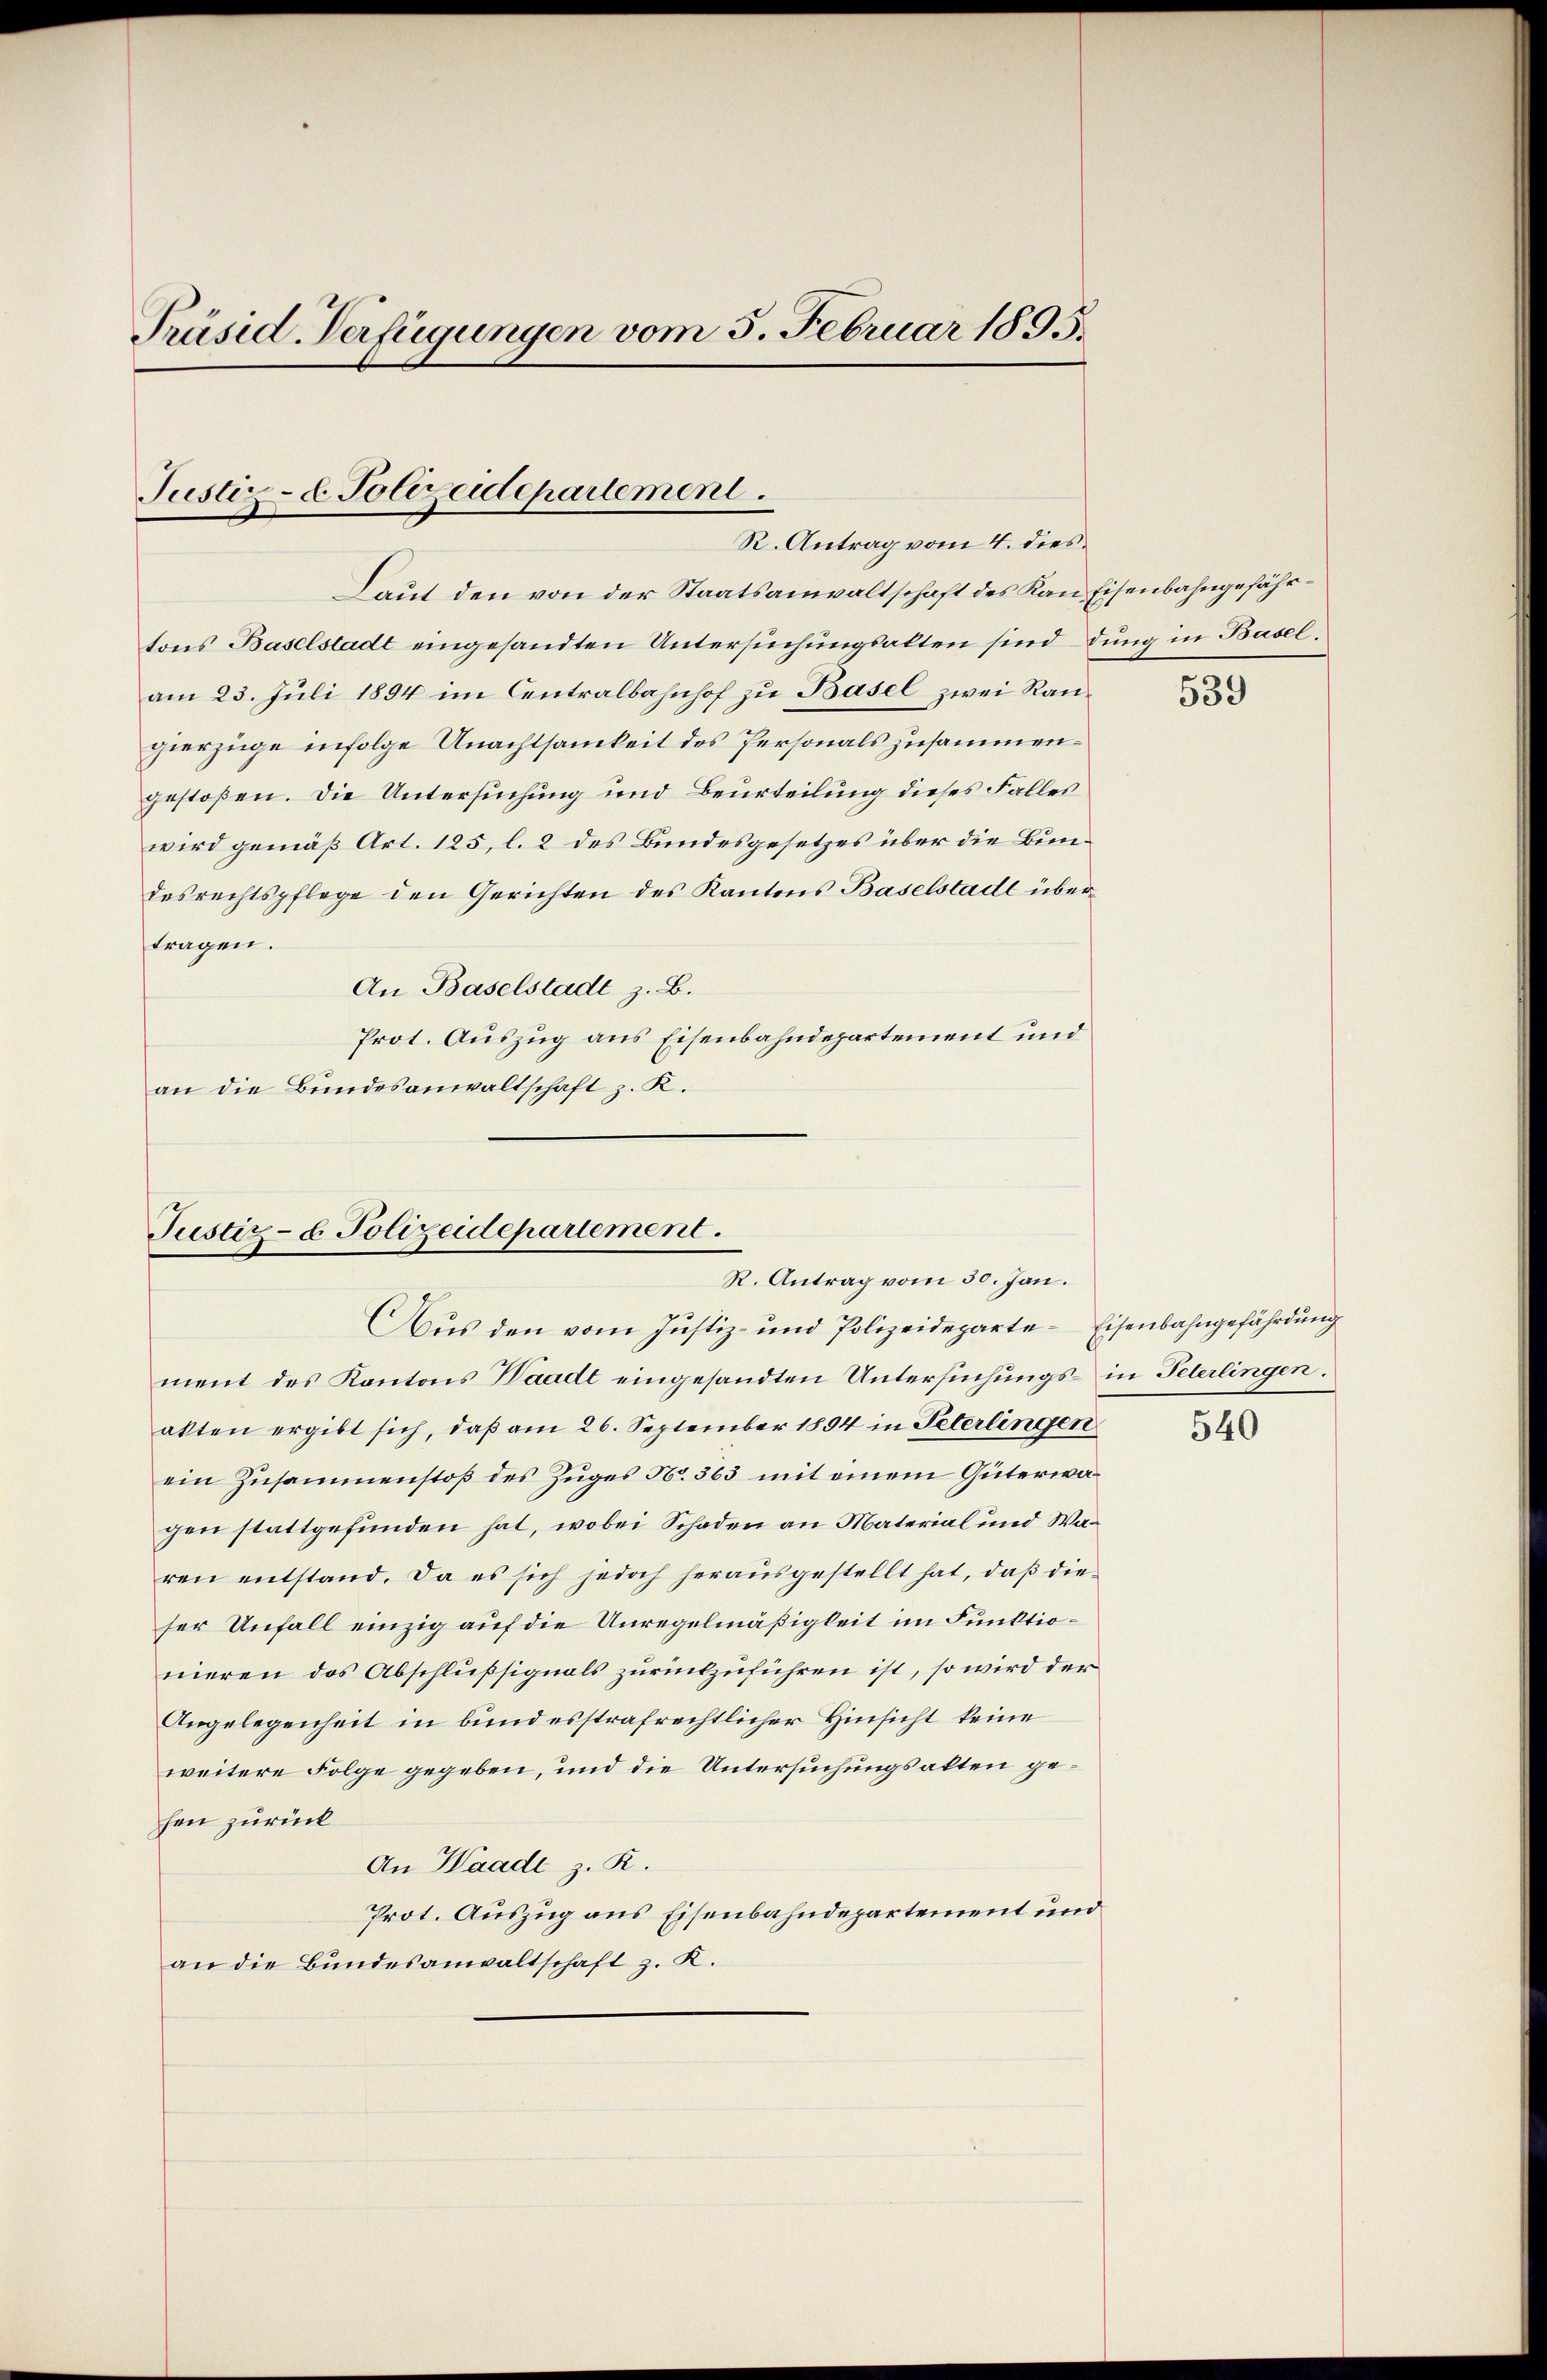
Präsid-Verfügungen vom 5. Februar 1895.

Justiz- & Polizeidepartement.
R. Antrag vom 4. dies

Laut den von der Staatsanwaltschaft des Kan Eisenbahngefährtons Baselstadt eingesandten Untersuchungsalten sind dung in Baselam 23. Juli 1894 im Centralbahnhof zu Basel zwei Rauhierzüge infolge Unachtsamkeit des Personals zusammengestoßen. Die Untersuchung und Beurteilung dieses Falles
wird gemäß Art. 125, l. 2 des Bundesgesetzes über die Bundesrechtspflege den Gerichten des Kantons Baselstadt übertragen.
An Baselstadt z. B.
Prot. Auszug aus Eisenbahndepartement und
an die Bundesanwaltschaft z. K.

Justiz- u. Polizeidepartement.
R. Antrag vom 30. Jan.
Aus den vom Justiz- und Polizeideparte-Eisenbahngefährdung

ment des Kantons Waadt eingesandten Untersuchungs- in Peterlingen.
akten ergibt sich, daß am 26. September 1894 in Peterlingen
ein Zusammenstoß des Zuges N. 363 mit einem Güterwagen stattgefunden hat, wobei Schaden an Material und Waren entstand. Da es sich jedoch heraŭsgestellt hat, daβ die
ser Unfall einzig auf die Unregelmäßigkeit im Funktionieren des Abschlußsignals zurückzuführen ist, so wird der
Angelegenheit in bund esstrafrechtlicher Hinsicht keine
weitere Folge gegeben, und die Untersuchungsalten gehen zurück
An Waadt z. R.
Prot. Auszug aus Eisenbahndepartement und
an die Bundesanwaltschaft z. K.

539

540